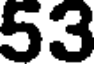
53